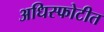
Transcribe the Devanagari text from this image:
अधिस्फोटीत